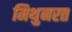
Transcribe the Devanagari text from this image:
मिथुनरत